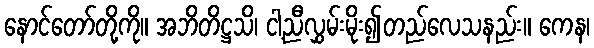
နောင်တော်တို့ကို။ အဘိတိဋ္ဌသိ၊ ငါ့ညီလွှမ်းမိုး၍တည်လေသနည်း။ ကေန၊